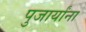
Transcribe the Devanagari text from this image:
पुजार्यांना